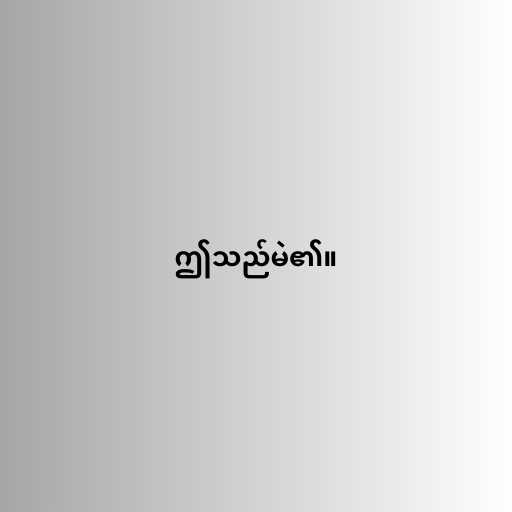
ဤသည်မဲ၏။